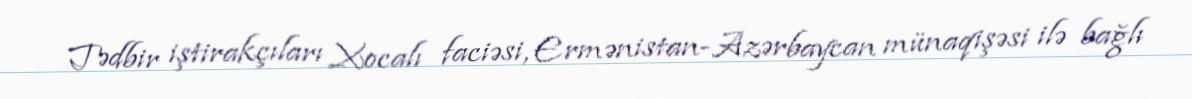
Tədbir iştirakçıları Xocalı faciəsi, Ermənistan-Azərbaycan münaqişəsi ilə bağlı